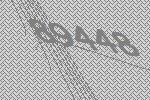
89448